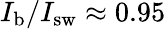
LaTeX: I_{\mathrm{b}}/I_{\mathrm{sw}}\approx 0.95